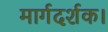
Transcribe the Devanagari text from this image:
मार्गदर्शक।